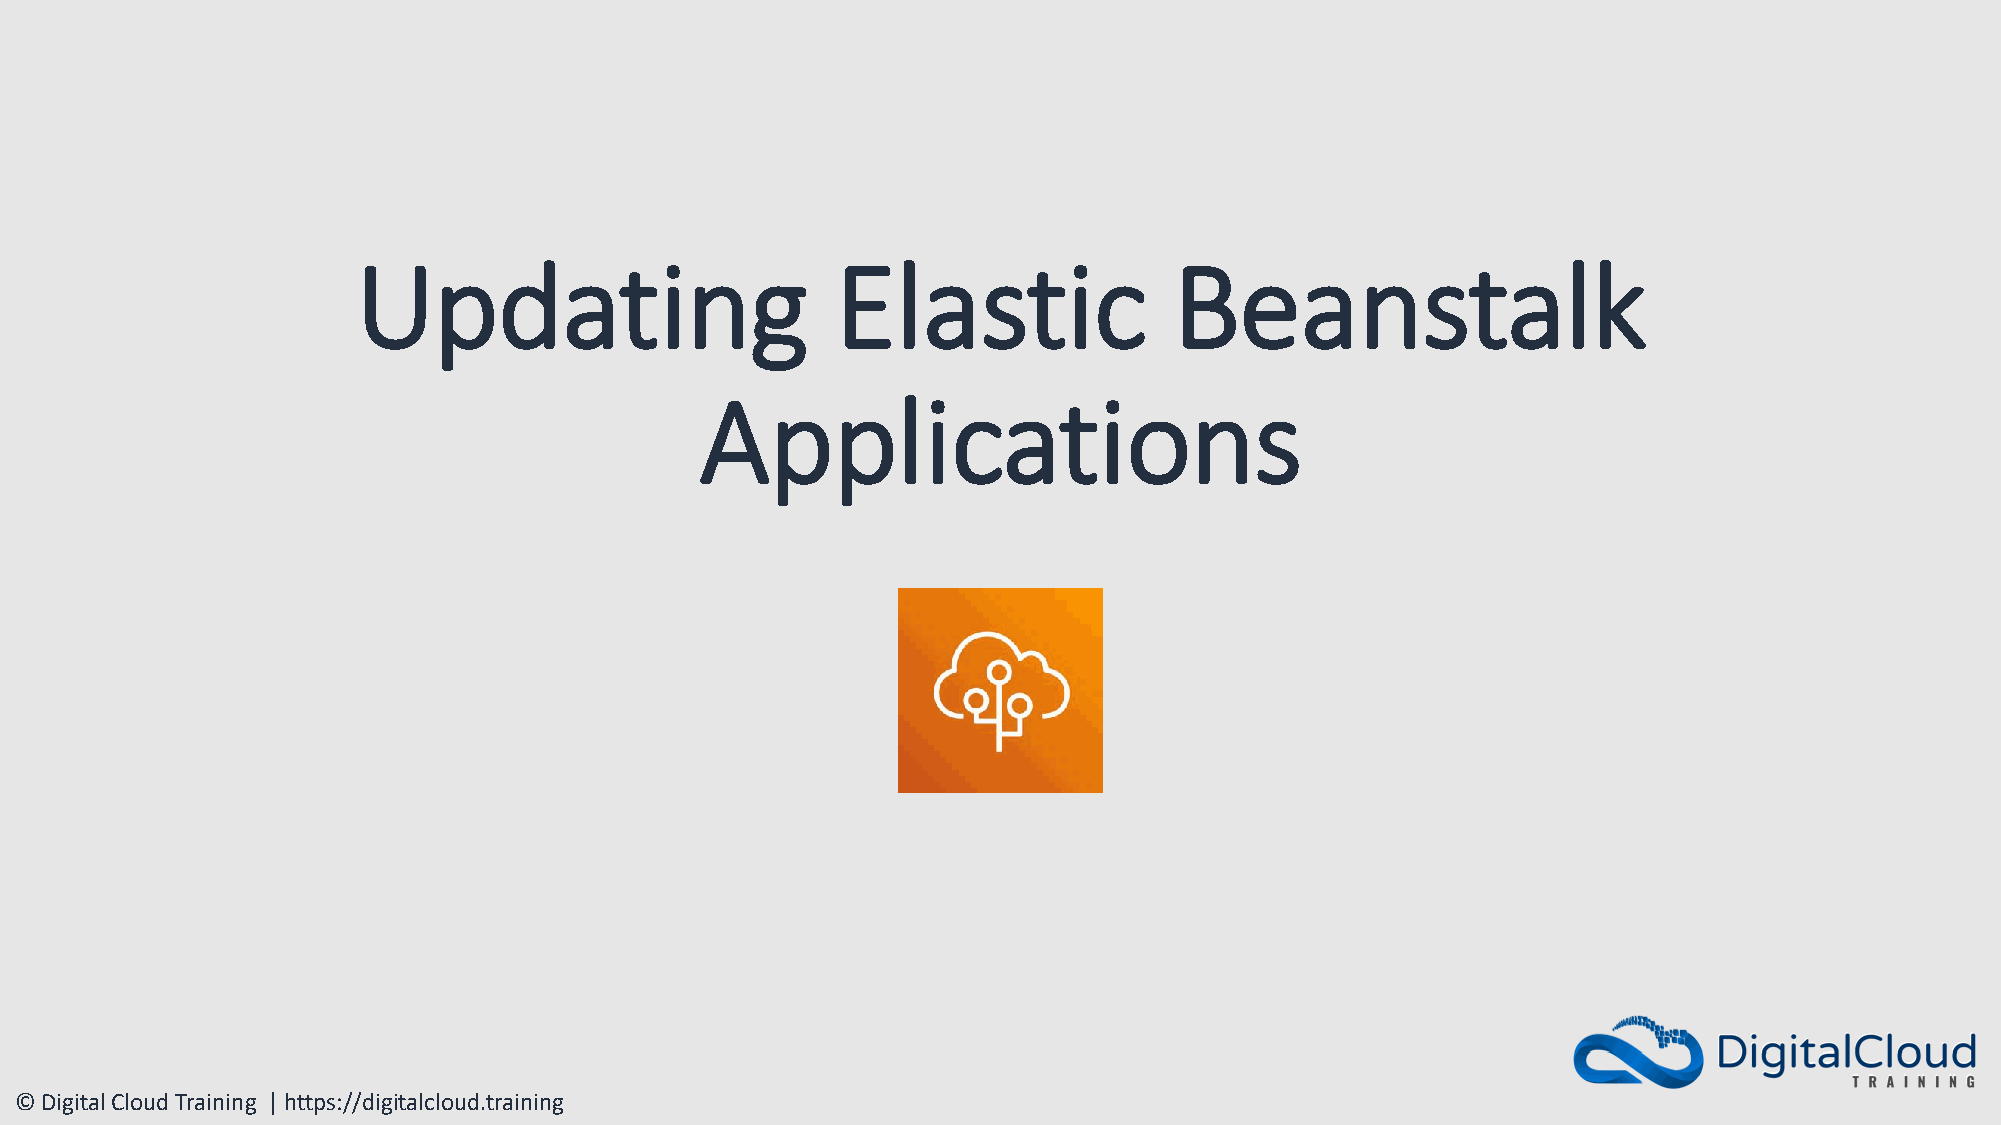
Updating                       Elastic                Beanstalk
 Applications
 © Digital Cloud Training | https://digitalcloud.training